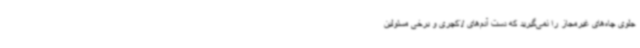
جلوی چاه‌های غیرمجاز را نمی‌گیرید که دست آدم‌های لاکچری و برخی مسئولین